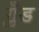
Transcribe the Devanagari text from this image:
ग्लँड